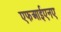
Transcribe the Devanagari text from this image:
एफआईएनए